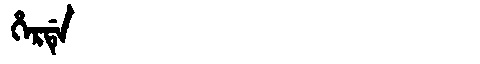
Manchu: ᡥᡝᡵᡩᡝ
Romanization: HERDE